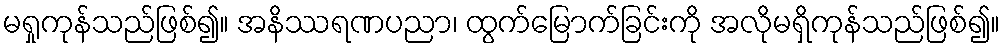
မရှုကုန်သည်ဖြစ်၍။ အနိဿရဏပညာ၊ ထွက်မြောက်ခြင်းကို အလိုမရှိကုန်သည်ဖြစ်၍။